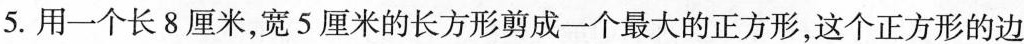
5.用一个长8厘米，宽5厘米的长方形剪成一个最大的正方形，这个正方形的边